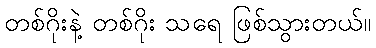
တစ်ဂိုးနဲ့ တစ်ဂိုး သရေ ဖြစ်သွားတယ်။